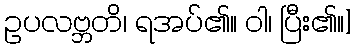
ဥပလဗ္ဘတိ၊ ရအပ်၏။ ဝါ၊ ပြီး၏။]